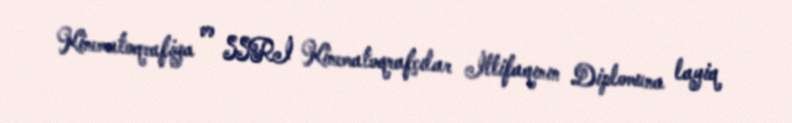
Kinematoqrafiya və SSRİ Kinematoqrafçılar İttifaqının Diplomuna layiq